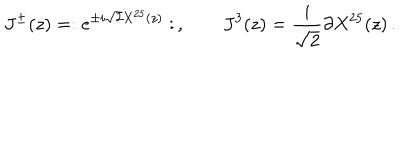
LaTeX: J ^ { \pm } ( z ) = : e ^ { \pm i \sqrt { 2 } X ^ { 2 5 } ( z ) } : \, , \qquad J ^ { 3 } ( z ) = \frac { i } { \sqrt { 2 } } \partial X ^ { 2 5 } ( z ) \, .